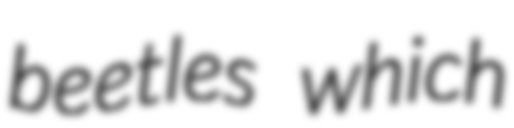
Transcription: beetles which